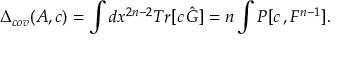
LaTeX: \Delta _ { c o v } ( A , c ) = \int d x ^ { 2 n - 2 } T r [ c \, \hat { G } ] = n \int P [ c \, , F ^ { n - 1 } ] .